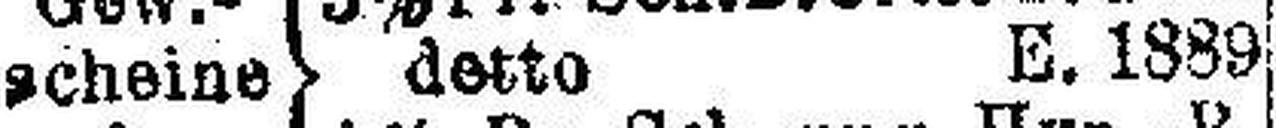
scheine) detto E. 1889